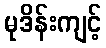
မုဒိန်းကျင့်